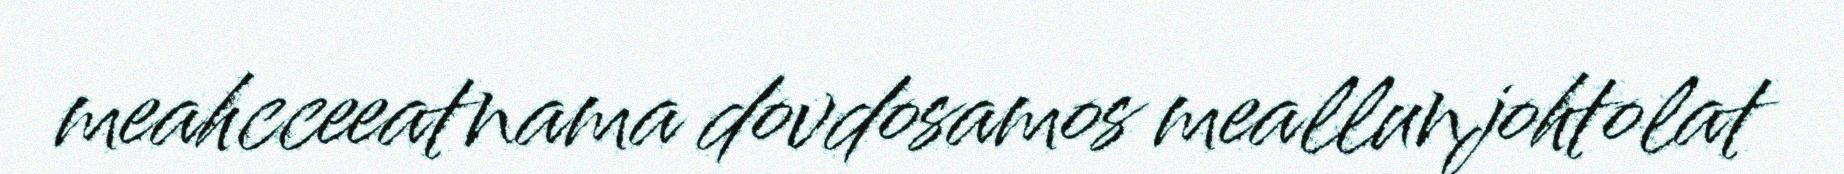
meahcceeatnama dovdosamos meallunjohtolat